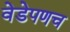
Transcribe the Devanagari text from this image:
वेडेपणच